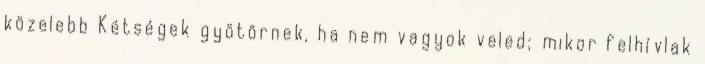
közelebb Kétségek gyötörnek, ha nem vagyok veled; mikor felhívlak